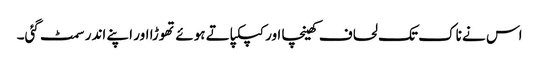
اس نے ناک تک لحاف کھینچا اور کپکپاتے ہوئے تھوڑا اور اپنے اندر سمٹ گئی۔